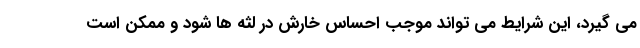
می گیرد، این شرایط می تواند موجب احساس خارش در لثه ها شود و ممکن است